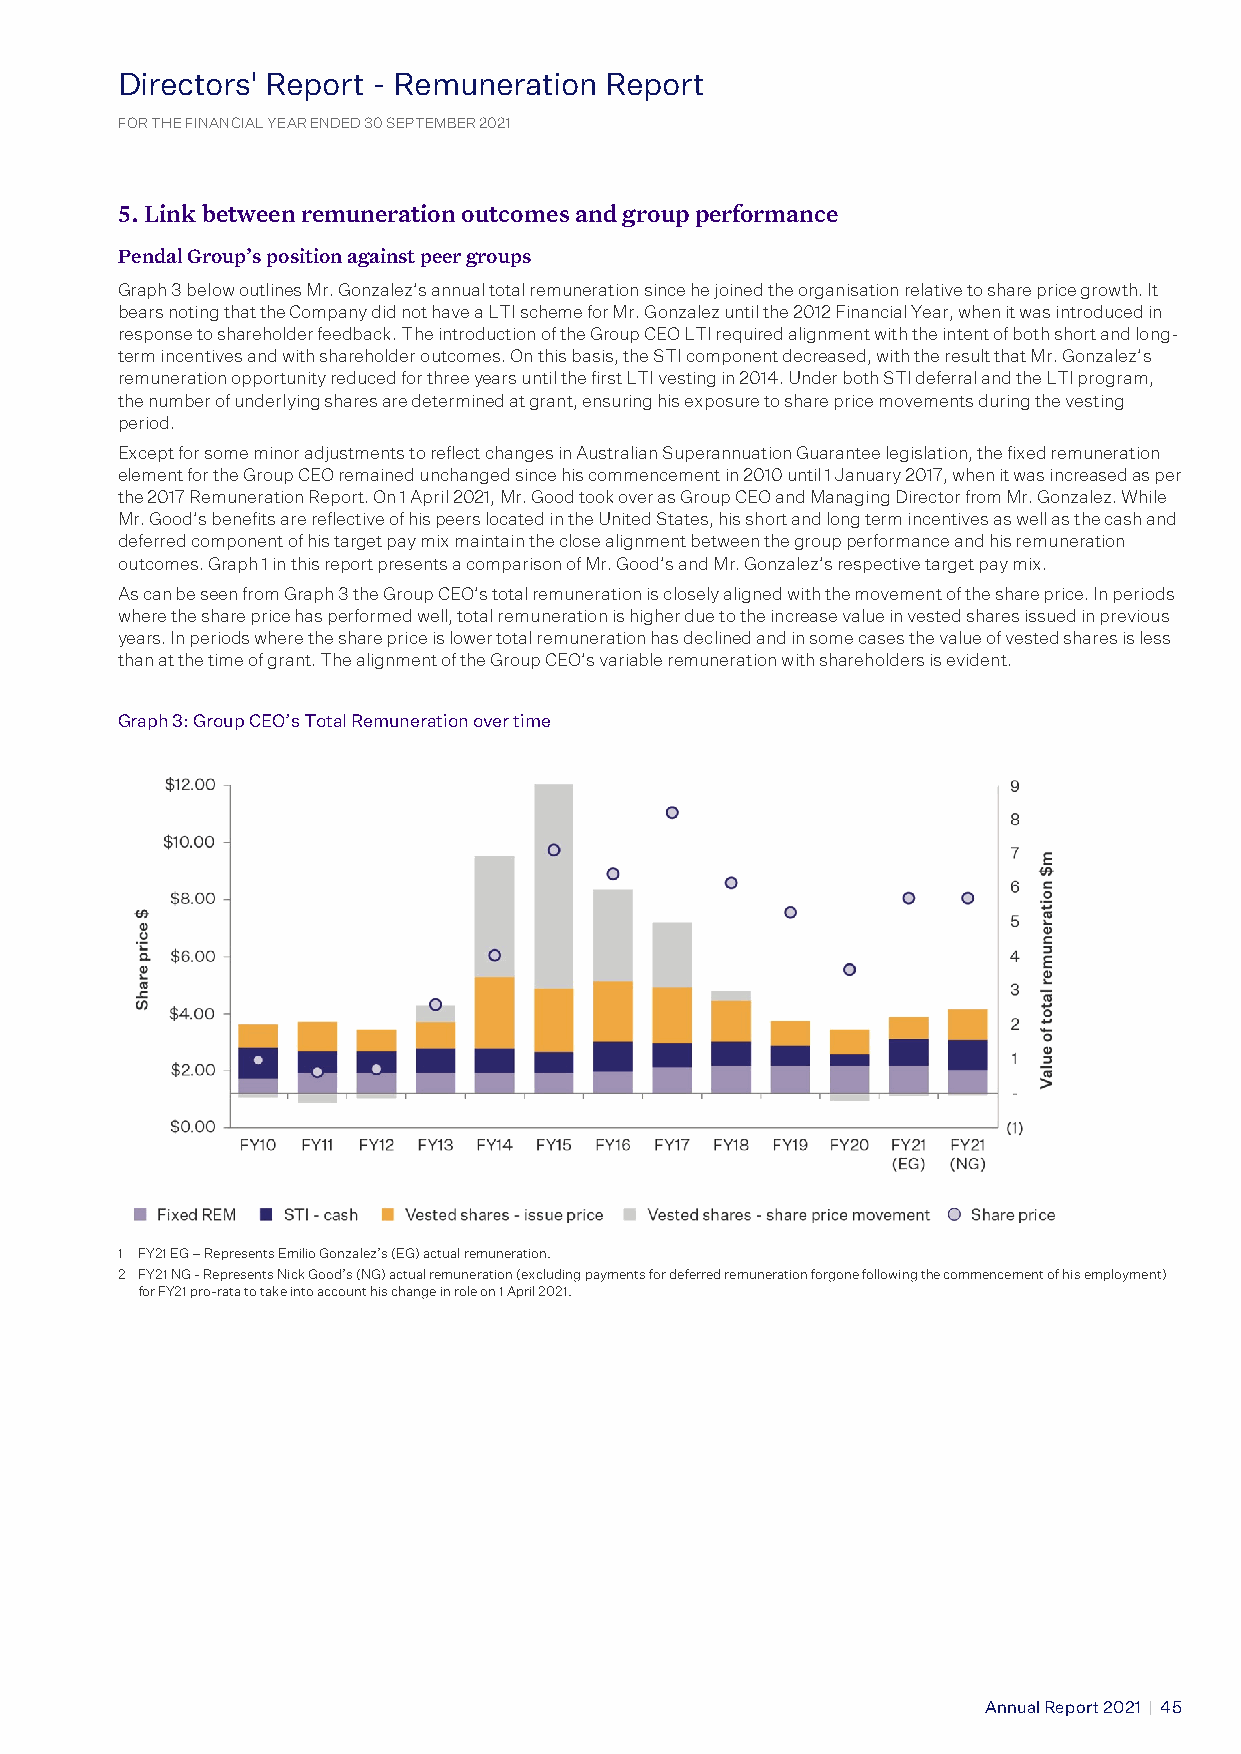
Directors' Report - Remuneration Report
 FD ORi r THe Ec FIt No ANr Cs IA’ L YR EAe R p ENo DEr Dt 3 0− S ER PTe EMm BERu 2n 02e 1 ration Report
 FOR THE FINANCIAL YEAR ENDED 30 SEPTEMBER 2021
 5. Link between remuneration outcomes and group performance
 Pendal Group’s position against peer groups
 Graph 3 below outlines Mr. Gonzalez’s annual total remuneration since he joined the organisation relative to share price growth. It
 bears noting that the Company did not have a LTI scheme for Mr. Gonzalez until the 2012 Financial Year, when it was introduced in
 response to shareholder feedback. The introduction of the Group CEO LTI required alignment with the intent of both short and long-
 term incentives and with shareholder outcomes. On this basis, the STI component decreased, with the result that Mr. Gonzalez’s
 remuneration opportunity reduced for three years until the first LTI vesting in 2014. Under both STI deferral and the LTI program,
 the number of underlying shares are determined at grant, ensuring his exposure to share price movements during the vesting
 period.
 Except for some minor adjustments to reflect changes in Australian Superannuation Guarantee legislation, the fixed remuneration
 element for the Group CEO remained unchanged since his commencement in 2010 until 1 January 2017, when it was increased as per
 the 2017 Remuneration Report. On 1 April 2021, Mr. Good took over as Group CEO and Managing Director from Mr. Gonzalez. While
 Mr. Good’s benefits are reflective of his peers located in the United States, his short and long term incentives as well as the cash and
 deferred component of his target pay mix maintain the close alignment between the group performance and his remuneration
 outcomes. Graph 1 in this report presents a comparison of Mr. Good’s and Mr. Gonzalez’s respective target pay mix.
 As can be seen from Graph 3 the Group CEO’s total remuneration is closely aligned with the movement of the share price. In periods
 where the share price has performed well, total remuneration is higher due to the increase value in vested shares issued in previous
 years. In periods where the share price is lower total remuneration has declined and in some cases the value of vested shares is less
 than at the time of grant. The alignment of the Group CEO’s variable remuneration with shareholders is evident.
 Graph 3: Group CEO’s Total Remuneration over time
 1 FY21 EG – Represents Emilio Gonzalez’s (EG) actual remuneration.
 2 FY21 NG - Represents Nick Good’s (NG) actual remuneration (excluding payments for deferred remuneration forgone following the commencement of his employment)
 for FY21 pro-rata to take into account his change in role on 1 April 2021.
 Annual Report 2021 | 45